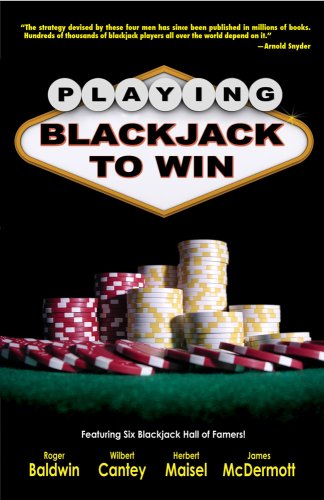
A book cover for Playing Blackjack to Win: A New Strategy for the Game of 21; Roger Baldwin; Humor & Entertainment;